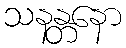
သနန္တနော